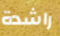
راشدة